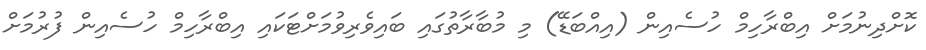
ކޮށްދިނުމަށް އިބްރާހިމް ހުސެއިން (އިއްބަޑޭ) މި މުބާރާތުގައި ބައިވެރިވުމަށްޓަކައި އިބްރާހިމް ހުސެއިން ފުރުމަށް